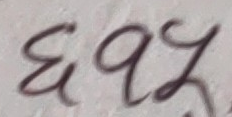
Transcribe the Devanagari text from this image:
३९२